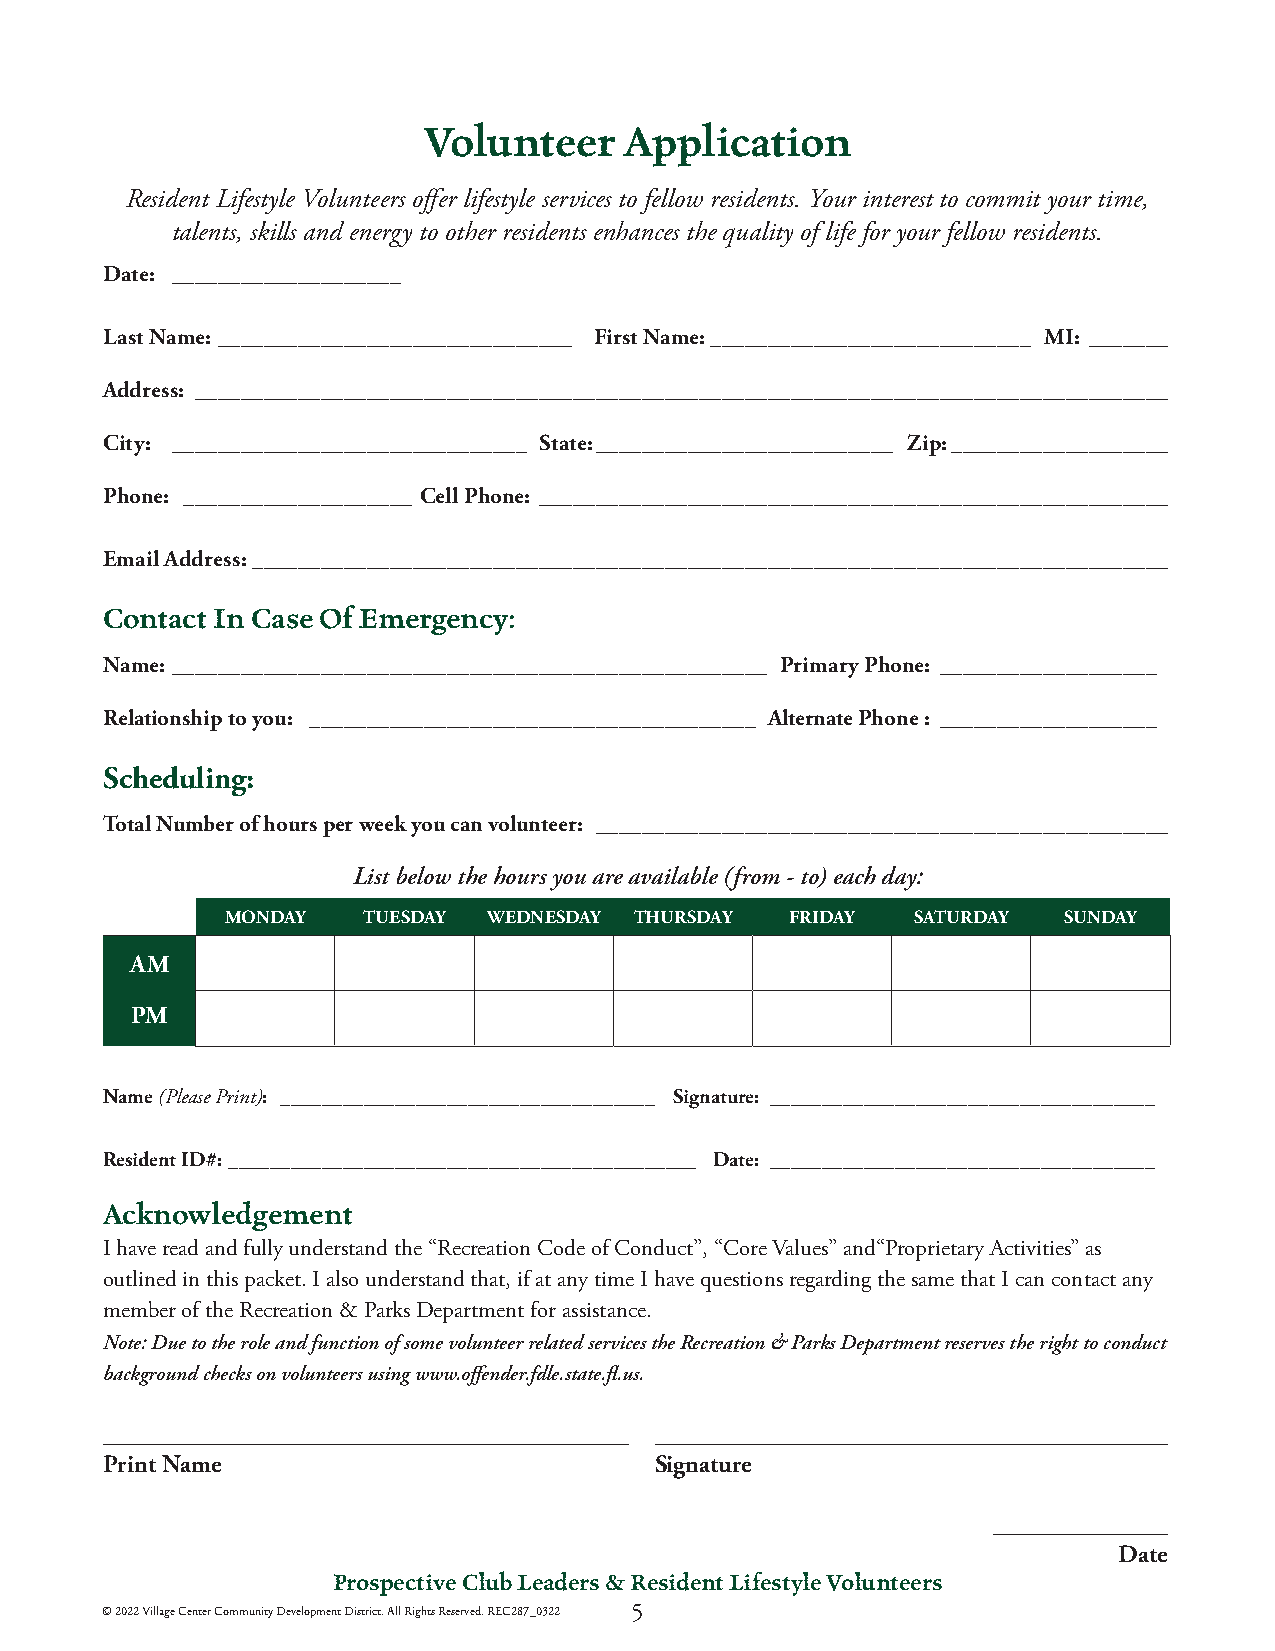
Volunteer    Application
 Resident Lifestyle Volunteers offer lifestyle services to fellow residents. Your interest to commit your time,
 talents, skills and energy to other residents enhances the quality of life for your fellow residents.
 Date: ____________________
 Last Name: _______________________________ First Name: ____________________________ MI: _______
 Address: _____________________________________________________________________________________
 City: _______________________________ State: __________________________ Zip: ___________________
 Phone: ____________________ Cell Phone: _______________________________________________________
 Email Address: ________________________________________________________________________________
 Contact In Case Of Emergency:
 Name: ____________________________________________________ Primary Phone: ___________________
 Relationship to you: _______________________________________ Alternate Phone : ___________________
 Scheduling:
 Total Number of hours per week you can volunteer: __________________________________________________
 List below the hours you are available (from - to) each day:
 MONDAY   TUESDAY WEDNESDAY THURSDAY  FRIDAY  SATURDAY  SUNDAY
 AM
 PM
 Name (Please Print): ____________________________________ Signature: _____________________________________
 Resident ID#: _____________________________________________ Date: _____________________________________
 Acknowledgement
 I have read and fully understand the “Recreation Code of Conduct”, “Core Values” and“Proprietary Activities” as
 outlined in this packet. I also understand that, if at any time I have questions regarding the same that I can contact any
 member of the Recreation & Parks Department for assistance.
 Note: Due to the role and function of some volunteer related services the Recreation & Parks Department reserves the right to conduct
 background checks on volunteers using www.offender.fdle.state.fl.us.
 __________________________________________ _________________________________________
 Print Name                          Signature
 ______________
 Date
 Prospective Club Leaders & Resident Lifestyle Volunteers
 © 2022 Village Center Community Development District. All Rights Reserved. REC287_0322 5